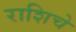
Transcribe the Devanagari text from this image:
राशिचे